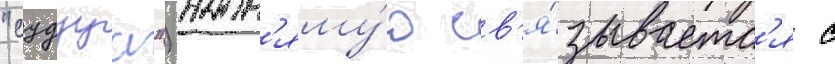
"судзуа") напр'яму́ю св'я́зываетс'я с